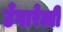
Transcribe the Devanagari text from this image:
उँगारेत्ती